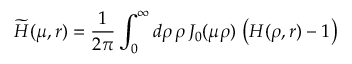
\widetilde { H } ( \mu , r ) = \frac { 1 } { 2 \pi } \int _ { 0 } ^ { \infty } d \rho \, \rho \, J _ { 0 } ( \mu \rho ) \, \left( H ( \rho , r ) - 1 \right)